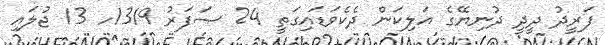
ފަރީދު ދީދީ ދުނިޔޭގެ އަލިކަން ދެކެވަޑައިގަތީ 24 ޞަފަރު 1319ހ 13 ޖުލައި